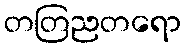
တတြညတရော